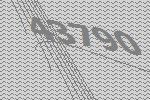
43790